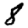
Digit: 8